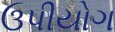
ઉપીયોગ